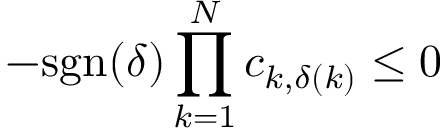
- \mathrm { s g n } ( \delta ) \prod _ { k = 1 } ^ { N } c _ { k , \delta ( k ) } \leq 0